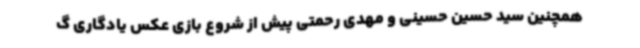
همچنین سید حسین حسینی و مهدی رحمتی پیش از شروع بازی عکس یادگاری گ